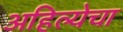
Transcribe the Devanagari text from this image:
अहिल्येचा